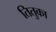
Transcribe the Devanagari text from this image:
तितुका